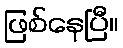
ဖြစ်နေပြီ။